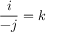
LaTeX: { \frac { i } { - j } } = k